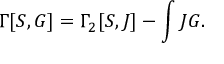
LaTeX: \Gamma [ S , G ] = \Gamma _ { 2 } [ S , J ] - \int J G .